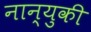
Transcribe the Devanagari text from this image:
नान्युकी